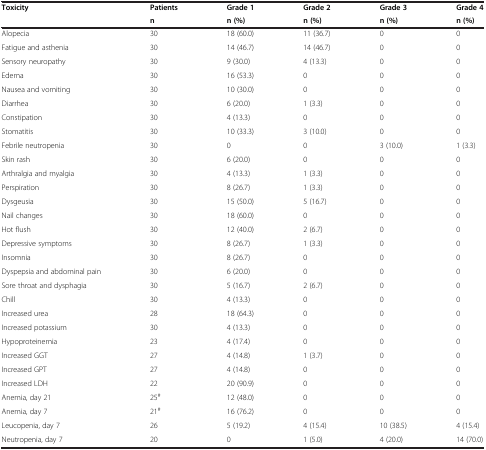
<table><thead><tr><td rowspan="2"><b>Toxicity</b></td><td><b>Patients</b></td><td><b>Grade 1</b></td><td><b>Grade 2</b></td><td><b>Grade 3</b></td><td><b>Grade 4</b></td></tr><tr><td><b>n</b></td><td><b>n (%)</b></td><td><b>n (%)</b></td><td><b>n (%)</b></td><td><b>n (%)</b></td></tr></thead><tbody><tr><td>Alopecia</td><td>30</td><td>18 (60.0)</td><td>11 (36.7)</td><td>0</td><td>0</td></tr><tr><td>Fatigue and asthenia</td><td>30</td><td>14 (46.7)</td><td>14 (46.7)</td><td>0</td><td>0</td></tr><tr><td>Sensory neuropathy</td><td>30</td><td>9 (30.0)</td><td>4 (13.3)</td><td>0</td><td>0</td></tr><tr><td>Edema</td><td>30</td><td>16 (53.3)</td><td>0</td><td>0</td><td>0</td></tr><tr><td>Nausea and vomiting</td><td>30</td><td>10 (30.0)</td><td>0</td><td>0</td><td>0</td></tr><tr><td>Diarrhea</td><td>30</td><td>6 (20.0)</td><td>1 (3.3)</td><td>0</td><td>0</td></tr><tr><td>Constipation</td><td>30</td><td>4 (13.3)</td><td>0</td><td>0</td><td>0</td></tr><tr><td>Stomatitis</td><td>30</td><td>10 (33.3)</td><td>3 (10.0)</td><td>0</td><td>0</td></tr><tr><td>Febrile neutropenia</td><td>30</td><td>0</td><td>0</td><td>3 (10.0)</td><td>1 (3.3)</td></tr><tr><td>Skin rash</td><td>30</td><td>6 (20.0)</td><td>0</td><td>0</td><td>0</td></tr><tr><td>Arthralgia and myalgia</td><td>30</td><td>4 (13.3)</td><td>1 (3.3)</td><td>0</td><td>0</td></tr><tr><td>Perspiration</td><td>30</td><td>8 (26.7)</td><td>1 (3.3)</td><td>0</td><td>0</td></tr><tr><td>Dysgeusia</td><td>30</td><td>15 (50.0)</td><td>5 (16.7)</td><td>0</td><td>0</td></tr><tr><td>Nail changes</td><td>30</td><td>18 (60.0)</td><td>0</td><td>0</td><td>0</td></tr><tr><td>Hot flush</td><td>30</td><td>12 (40.0)</td><td>2 (6.7)</td><td>0</td><td>0</td></tr><tr><td>Depressive symptoms</td><td>30</td><td>8 (26.7)</td><td>1 (3.3)</td><td>0</td><td>0</td></tr><tr><td>Insomnia</td><td>30</td><td>8 (26.7)</td><td>0</td><td>0</td><td>0</td></tr><tr><td>Dyspepsia and abdominal pain</td><td>30</td><td>6 (20.0)</td><td>0</td><td>0</td><td>0</td></tr><tr><td>Sore throat and dysphagia</td><td>30</td><td>5 (16.7)</td><td>2 (6.7)</td><td>0</td><td>0</td></tr><tr><td>Chill</td><td>30</td><td>4 (13.3)</td><td>0</td><td>0</td><td>0</td></tr><tr><td>Increased urea</td><td>28</td><td>18 (64.3)</td><td>0</td><td>0</td><td>0</td></tr><tr><td>Increased potassium</td><td>30</td><td>4 (13.3)</td><td>0</td><td>0</td><td>0</td></tr><tr><td>Hypoproteinemia</td><td>23</td><td>4 (17.4)</td><td>0</td><td>0</td><td>0</td></tr><tr><td>Increased GGT</td><td>27</td><td>4 (14.8)</td><td>1 (3.7)</td><td>0</td><td>0</td></tr><tr><td>Increased GPT</td><td>27</td><td>4 (14.8)</td><td>0</td><td>0</td><td>0</td></tr><tr><td>Increased LDH</td><td>22</td><td>20 (90.9)</td><td>0</td><td>0</td><td>0</td></tr><tr><td>Anemia, day 21</td><td>25<sup>#</sup></td><td>12 (48.0)</td><td>0</td><td>0</td><td>0</td></tr><tr><td>Anemia, day 7</td><td>21<sup>#</sup></td><td>16 (76.2)</td><td>0</td><td>0</td><td>0</td></tr><tr><td>Leucopenia, day 7</td><td>26</td><td>5 (19.2)</td><td>4 (15.4)</td><td>10 (38.5)</td><td>4 (15.4)</td></tr><tr><td>Neutropenia, day 7</td><td>20</td><td>0</td><td>1 (5.0)</td><td>4 (20.0)</td><td>14 (70.0)</td></tr></tbody></table>